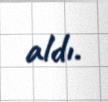
aldı.